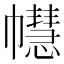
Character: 𢅫